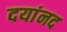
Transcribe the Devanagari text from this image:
दयांनद